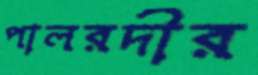
পালরদীর